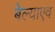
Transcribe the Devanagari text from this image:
बेल्याएव